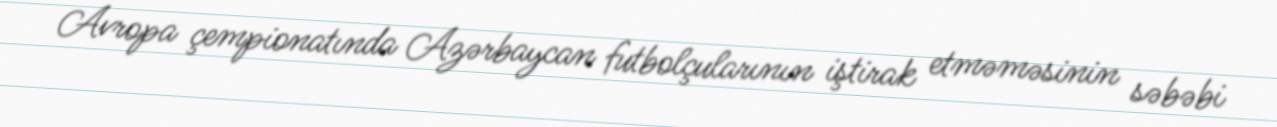
Avropa çempionatında Azərbaycan futbolçularının iştirak etməməsinin səbəbi